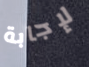
لإجابة